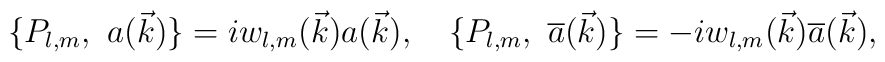
\{ P_{l,m},\ a(\vec k)\} = i w_{l,m}(\vec k) a(\vec k),\quad \{ P_{l,m},\ {\overline{a}}(\vec k)\} = -i w_{l,m}(\vec k) {\overline{a}}(\vec k),